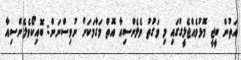
އަތުން ބީޖީ މޮޅުވެއްޖެލީގުގައި މި ވަގުތު ވެލެންސިއާ އޮތް މަގާމަކަށް ނުވިސްނަން: ބޮއިކޯވެލެންސިއާ